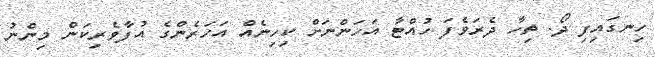
ހިނގައިފި ދޯ. ތިހާ ދެރަވެފަ ހުއްޓާ އަހަންނަށް ކިހިނެެއް އަހަރެންގެ އުފާވެރިކަން މިންނު